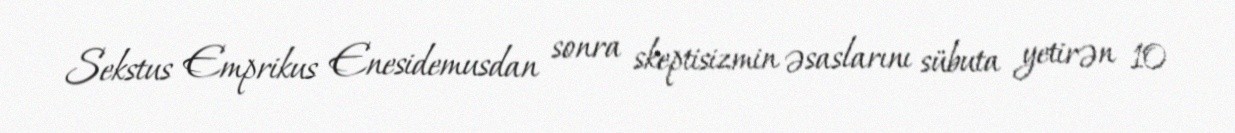
Sekstus Emprikus Enesidemusdan sonra skeptisizmin əsaslarını sübuta yetirən 10